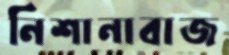
নিশানাবাজ